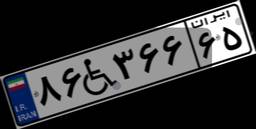
۸۶W۳۶۶۶۵